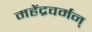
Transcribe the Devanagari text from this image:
महेंद्रवर्मन्‌